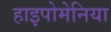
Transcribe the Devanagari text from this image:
हाइपोमेनिया